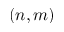
( n , m )